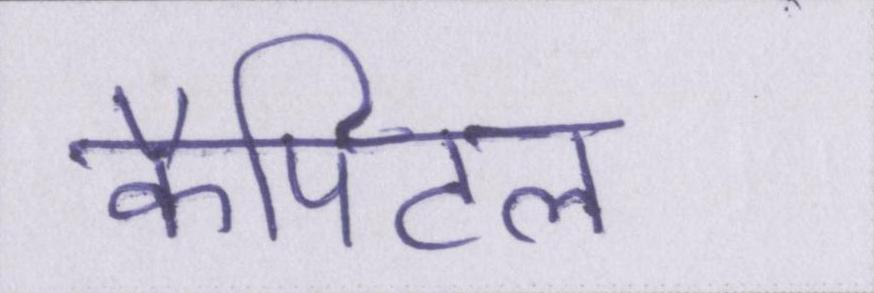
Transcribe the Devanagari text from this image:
कैपिटल